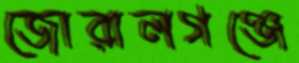
জোরালগঞ্জে